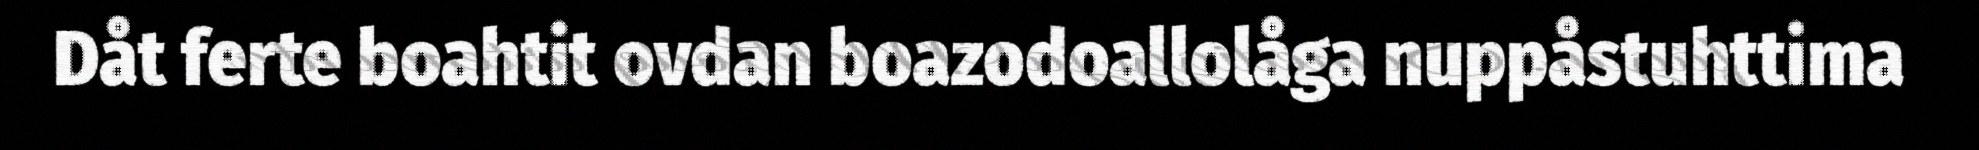
Dåt ferte boahtit ovdan boazodoallolåga nuppåstuhttima